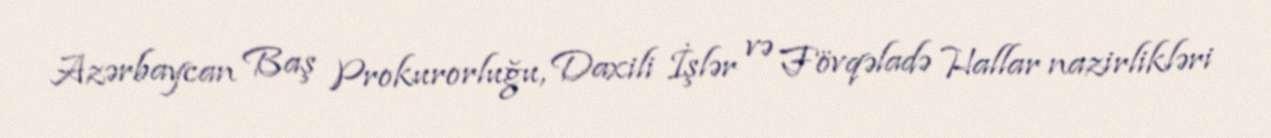
Azərbaycan Baş Prokurorluğu, Daxili İşlər və Fövqəladə Hallar nazirlikləri